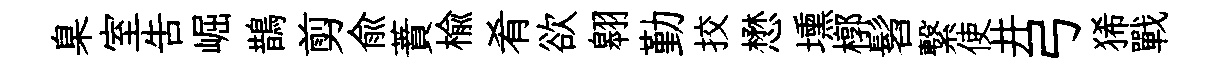
臬室吿崛鵲剪俞蕡楡肴欲翱勤挍懋壎槨髫繋使井弓狶戰